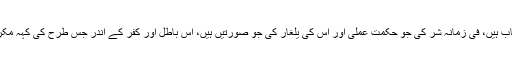
شر کے جو سرچشمے ہیں، برائی کی جو جڑیں ہیں، اس کا جو پورا نظام ہے، فتنے اور اس کے جو اسباب ہیں، فی زمانہ شر کی جو حکمت عملی اور اس کی یلغار کی جو صورتیں ہیں، اس باطل اور کفر کے اندر جس طرح کی کہہ مکرنیاں ہیں، ان کے بارے میں علم حاصل کرنا اسی طرح ضروری ہے جس طرح کہ خیر کے بارے میں۔